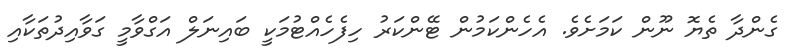
ގެންދާ ތެޔޮ ނޫން ކަމަށެވެ. އެހެންކަމުން ޓޭންކަރު ހިފެހެއްޓުމަކީ ބައިނަލް އަގްވާމީ ގަވާއިދުތަކާއި